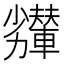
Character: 𠣇